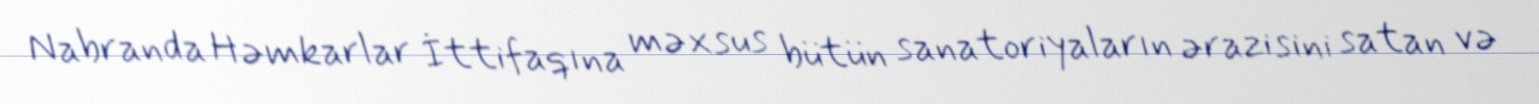
Nabranda Həmkarlar İttifaqına məxsus bütün sanatoriyaların ərazisini satan və